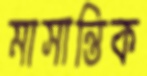
মাসান্তিক